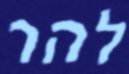
להר